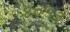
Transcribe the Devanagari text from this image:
४०१३